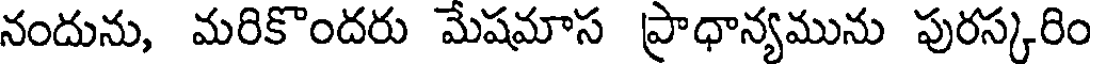
నందును, మరికొందరు మేషమాస ప్రాధాన్యమును పురస్కరిం